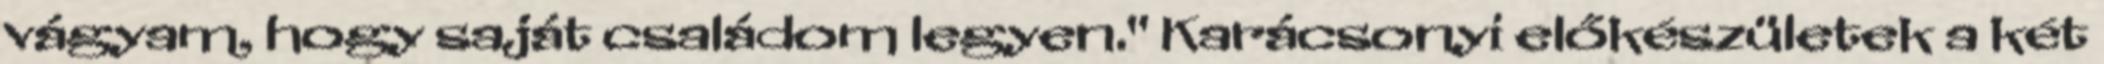
vágyam, hogy saját családom legyen." Karácsonyi előkészületek a két